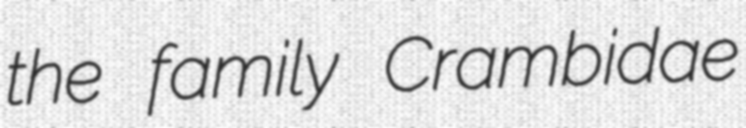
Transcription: the family Crambidae